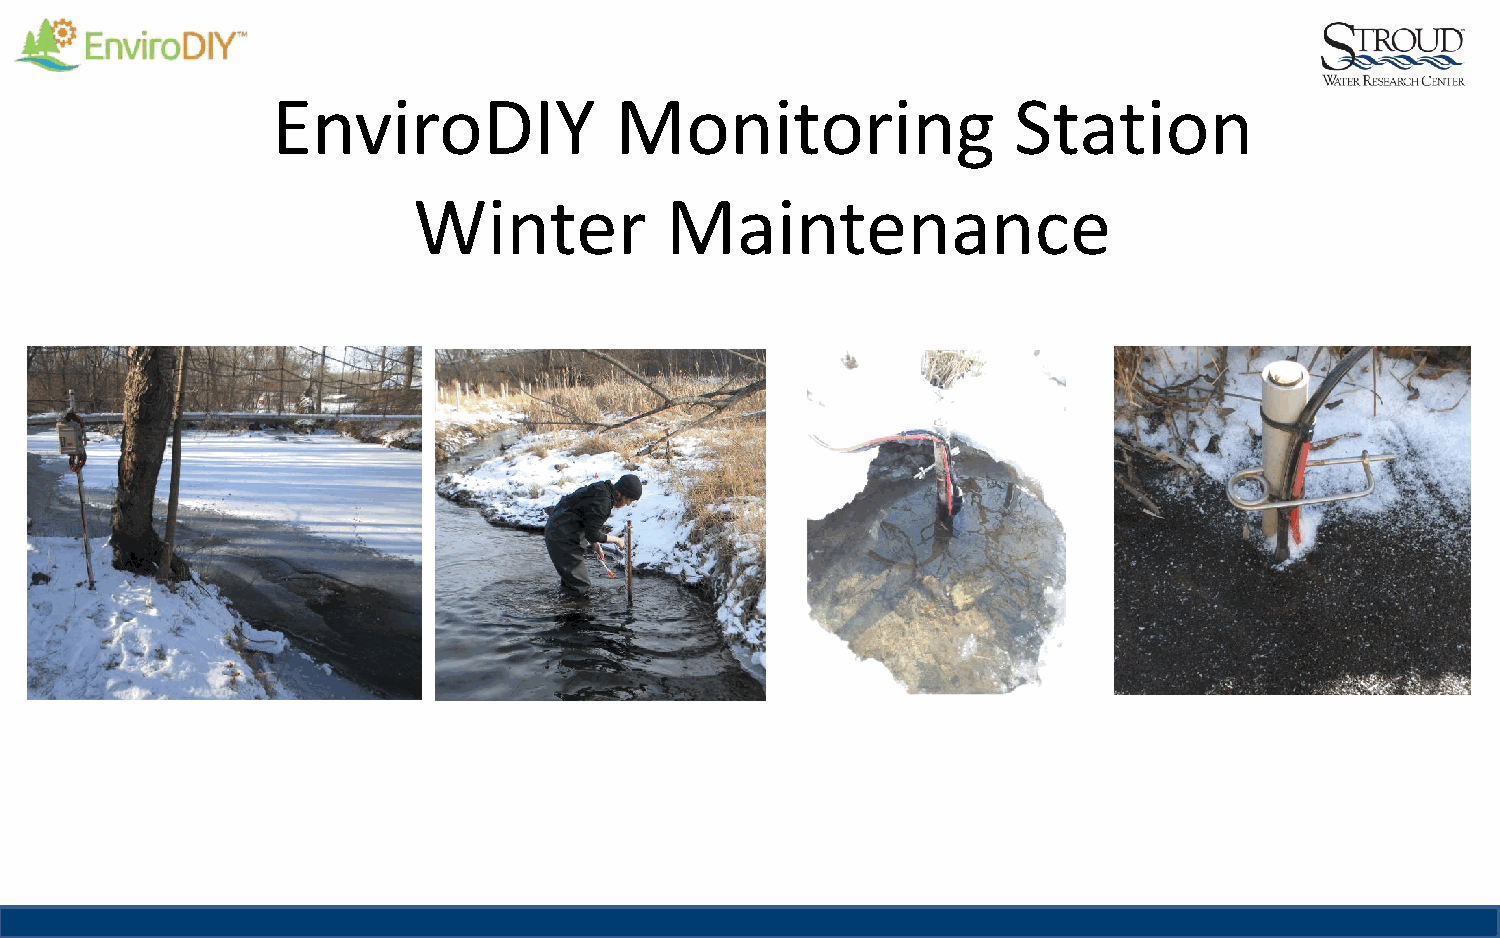
EnviroDIY              Monitoring                Station
 Winter           Maintenance